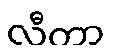
လီတာ